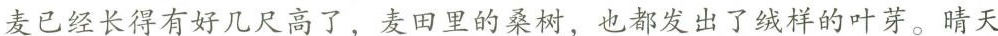
麦已经长得有好几尺高了，麦田里的桑树，也都发出了绒样的叶芽。晴天